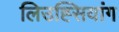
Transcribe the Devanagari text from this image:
लिउह्सियांग